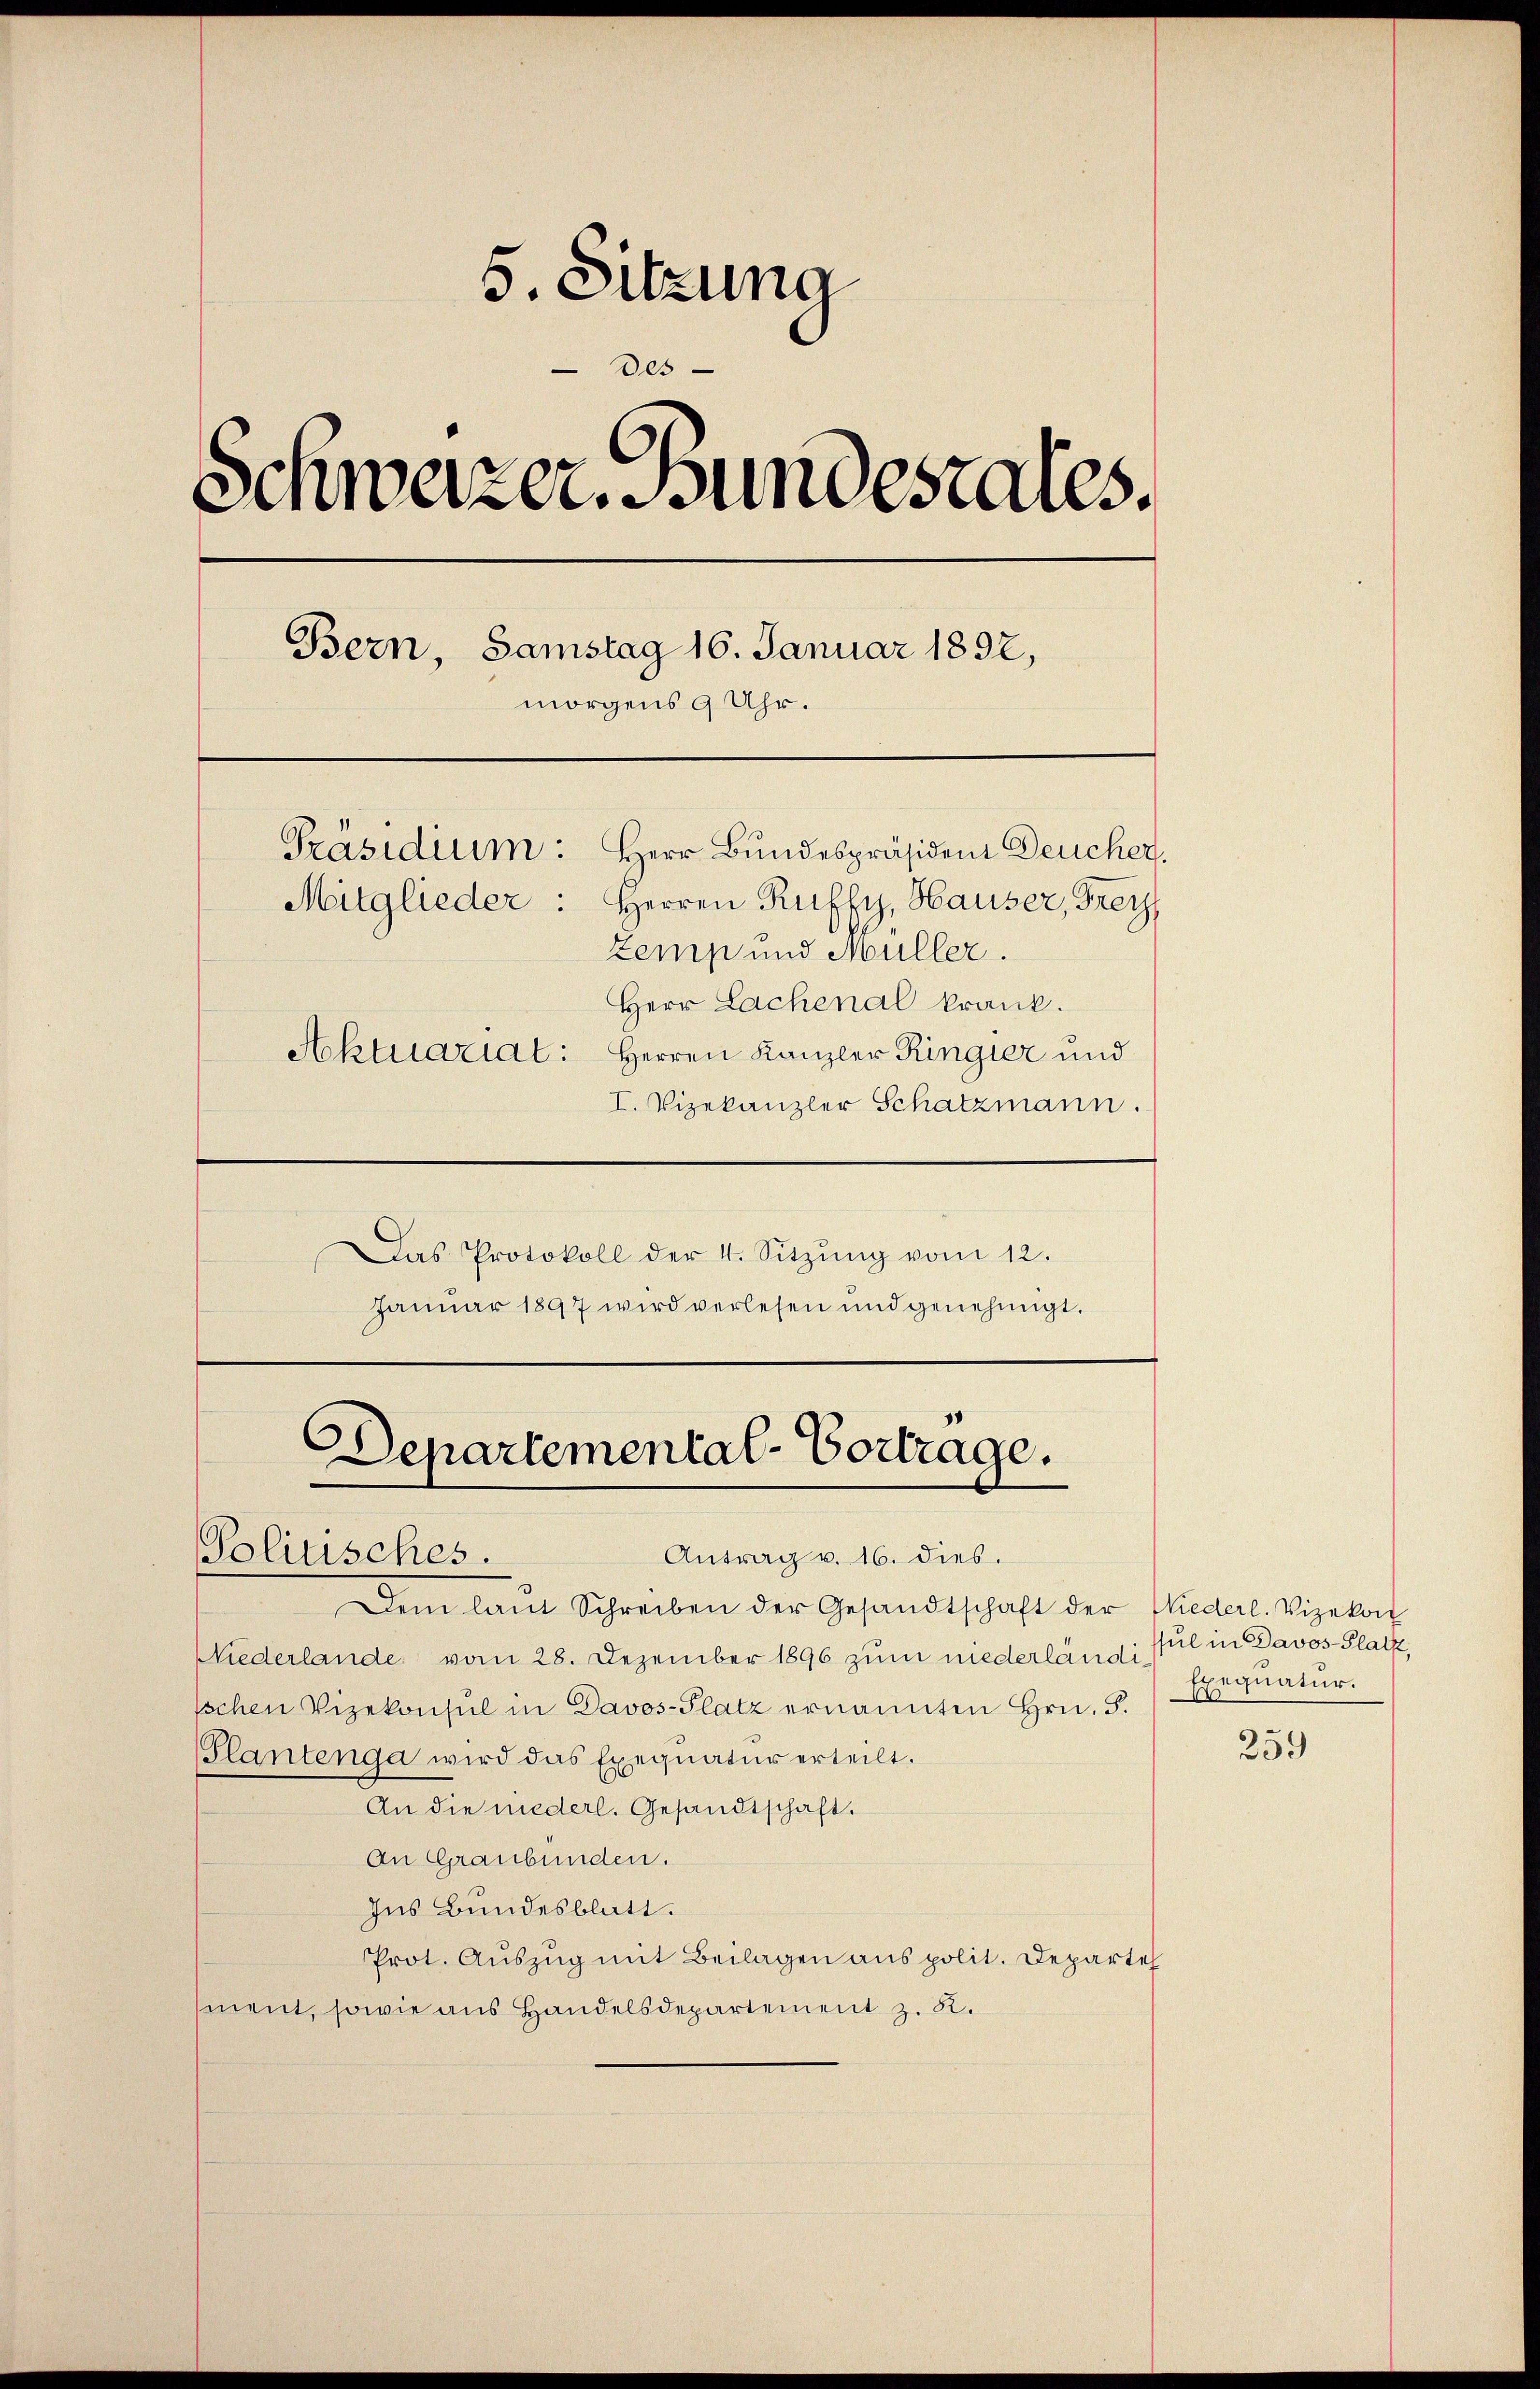
5. Sitzung
Des
Schwarzer. Bundesrates.
Bern, Samstag 16. Januar 1892,
morgens 9 Uhr.
Präsidium: Herr Bundespräsident Deucher,
Mitglieder: Herren Ruffy, Hauser, Frey
Zemp und Müller.
Herr Lachenal krank.
Aktuariat: Herren Kanzler Ringier und
I. Vizekanzler Schatzmann.

Departemental-Vortrage.
Polinsches.
Antrag v. 16. dies.

Das Protokoll der 4. Sitzŭng vom 12.
Januar 1897 wird verlesen und genehmigt.

Dem laut Schreiben der Gesandtschaft der Wiederl. Vizekon
Niederlande vom 28. Dezember 1896 zum niederländi sul in Davos- Platz,
Eschen Vizekonsul in Davos- Platz ernannten Hrn. F.
Plantenga wird das Exequatur erteilt.
An die niederl. Gesandtschaft.
An Graubünden.
Ins Bundesblatt.
Prot. Auszug mit Beilagen aus polit. Departe
ment, sowie aus Handelsdepartement z. R.

Exequatur.

259